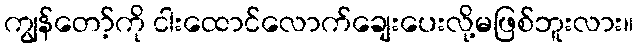
ကျွန်တော့်ကို ငါးထောင်လောက်ချေးပေးလို့မဖြစ်ဘူးလား။